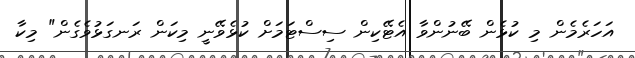
އަހަރެމެން މި ކުޅެން ބޭނުންވާ އެޓޭކިން ސިސްޓަމަށް ކުޅެވޭނީ މިކަން ރަނގަޅުވެގެން" މިކާ